Report of the King Institute of Preventive Medicine, Guindy
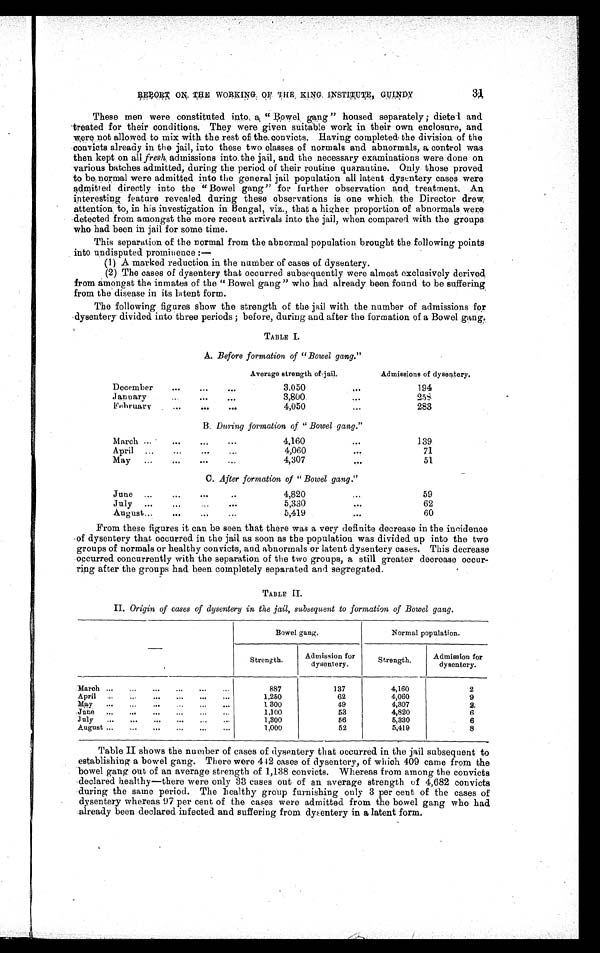
31
REPORT ON THE WORKING OF THE KING INSTITUTE, GUINDY
These men were constituted into a " Bowel gang " housed separately ; dieted and
treated for their conditions. They were given suitable work in their own enclosure, and
were not allowed to mix with the rest of the convicts. Having completed the division of the
convicts already in the jail, into these two classes of normals and abnormals, a control was
then kept on all fresh, admissions into the jail, and the necessary examinations were done on
various batches admitted, during the period of their routine quarantine. Only those proved
to be normal were admitted into the general jail population all latent dysentery cases were
admitted directly into the "Bowel gang " for further observation and treatment. An
interesting feature revealed during these observations is one which the Director drew
attention to, in his investigation in Bengal, viz., that a higher proportion of abnormals were
detected from amongst the more recent arrivals into the jail, when compared with the groups
who had been in jail for some time.
This separation of the normal from the abnormal population brought the following points
. into undisputed prominence:
( 1 ) A m a r k e d r e d u c t i o n i n t h e n u m b e r o f c a s e s o f d y s e n t e r y .
(2) The cases of dysentery that occurred subsequently were almost exclusively derived
from amongst the inmates of the " Bowel gang " who had already been found to be suffering
from the disease in its latent form.
The following figures show the strength of the jail with the number of admissions for
dysentery divided into three periods ; before, during and after the formation of a Bowel gang.
TABLE I.
A. Before formation of "Bowel gang."
Average strength of. jail.
Admissions of dysentery
December
•••
•••
•••
3,050
194
January
...
•••
...
3,800
•••
258
February
•••
•••
•••
4,050
...
283
B. During formation of " Bowel gang."
March ... •
•••
•••
...
4,160
...
139
April
...
...
•••
4,060
••.
71
M ay
...
0 et
•••
...
4,307
51
C. After formation of " Bowel gang."
June ...
...
...
..
4,820
...
59
July
...
•••
...
...
5,330
...
62
August...
•••
•••
...
5,419
•••
60
From these figures it can be seen that there was a very definite decrease in the incidence
of dysentery that occurred in the jail as soon as the population was divided up into the two
groups of normals or healthy convicts, and abnormals or latent dysentery cases. This decrease
occurred concurrently with the separation of the two groups, a still greater decrease occur-
ring after the groups had been completely separated and segregated.
TABLE II.
II. Origin of cases of dysentery in the jail, subsequent to formation of Bowel gang.
Bowel gang.
Normal population.
Strength.
Admission for.
dysentery.
Strength.
Admission for
dysentery.
M a r c h
887
137
4,160
2
April
1,250
62
4,060
9
May
1 300
49
4,307
2,
June
1,100
53
4,820
6
July
...
...
...
•••
1,300
56
5,330
6
August ...
...
...
...
...
...
1,000
52
5,419
8
Table II shows the number of cases of dysentery that occurred in the jail subsequent to
establishing a bowel gang. There were 442 cases of dysentery, of which 409 came from the
bowel gang out of an average strength of 1,138 convicts. Whereas from among the convicts
declared healthy—there were only 33 cases out of an average strength of 4,682 convicts
during the same period. The healthy group furnishing only 3 per cent of the cases of
dysentery whereas 97 per cent of the cases were admitted from the bowel gang who had
already been declared infected and suffering from dysentery in a latent form.